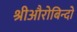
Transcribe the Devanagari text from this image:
श्रीऔरोबिन्दो